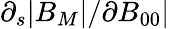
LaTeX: \partial_{s}|B_{M}|/\partial B_{00}|